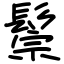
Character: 鬃